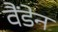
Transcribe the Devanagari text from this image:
वैंडेन